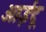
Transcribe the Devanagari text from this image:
आईटू